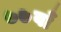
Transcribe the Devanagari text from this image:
७७वाँ